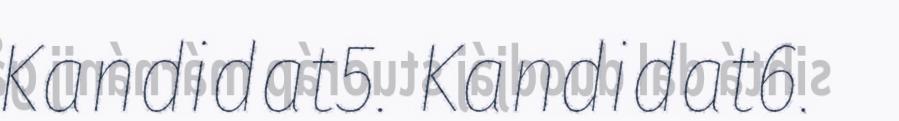
Kandidat5. Kandidat6.